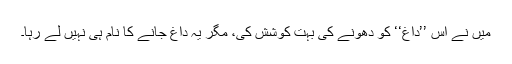
مَیں نے اس ’’داغ‘‘ کو دھونے کی بہت کوشش کی، مگر یہ داغ جانے کا نام ہی نہیں لے رہا۔